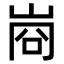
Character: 𭖣